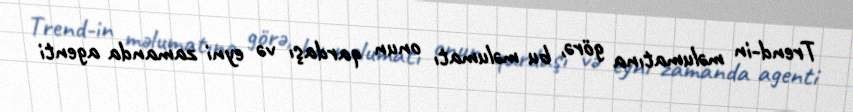
Trend-in məlumatına görə, bu məlumatı onun qardaşı və eyni zamanda agenti